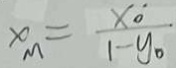
x _ { m } = \frac { x _ { 0 } } { 1 - y _ { 0 } }